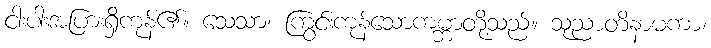
ငါးပါးအပြားရှိကုန်၏။ သေသာ၊ ကြွင်းကုန်သောကမ္ဘာတို့သည်။ သုညာတိနာမကာ၊